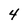
Character: 4